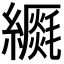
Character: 𦆡